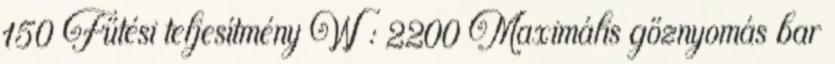
150 Fűtési teljesítmény W : 2200 Maximális gőznyomás bar